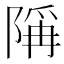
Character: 𫕋